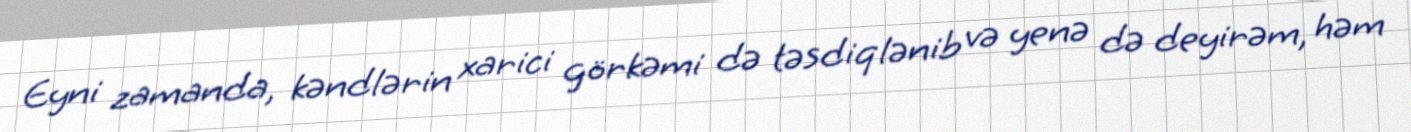
Eyni zamanda, kəndlərin xarici görkəmi də təsdiqlənib və yenə də deyirəm, həm